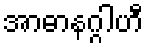
အာဓာနဂ္ဂါဟီ